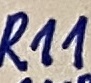
Text: R11